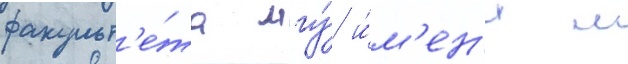
факульт'е́та мгу́ и́м'ен'и м